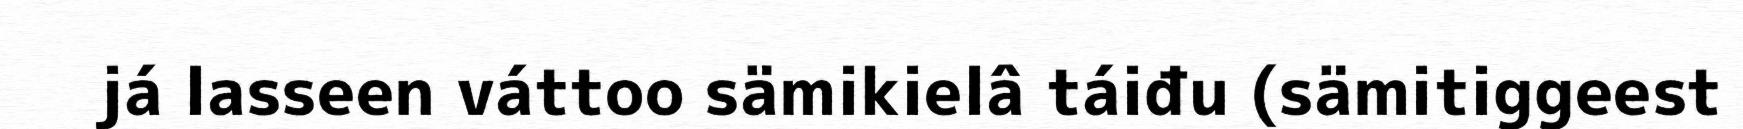
já lasseen váttoo sämikielâ táiđu (sämitiggeest